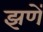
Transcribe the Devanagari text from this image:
झणें